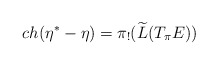
\begin{align*} ch(\eta^* - \eta) = \pi_!(\widetilde{L}(T_\pi E))\end{align*}